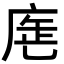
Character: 𢉓